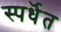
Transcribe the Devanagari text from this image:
स्पर्धॆत